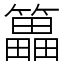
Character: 䉪